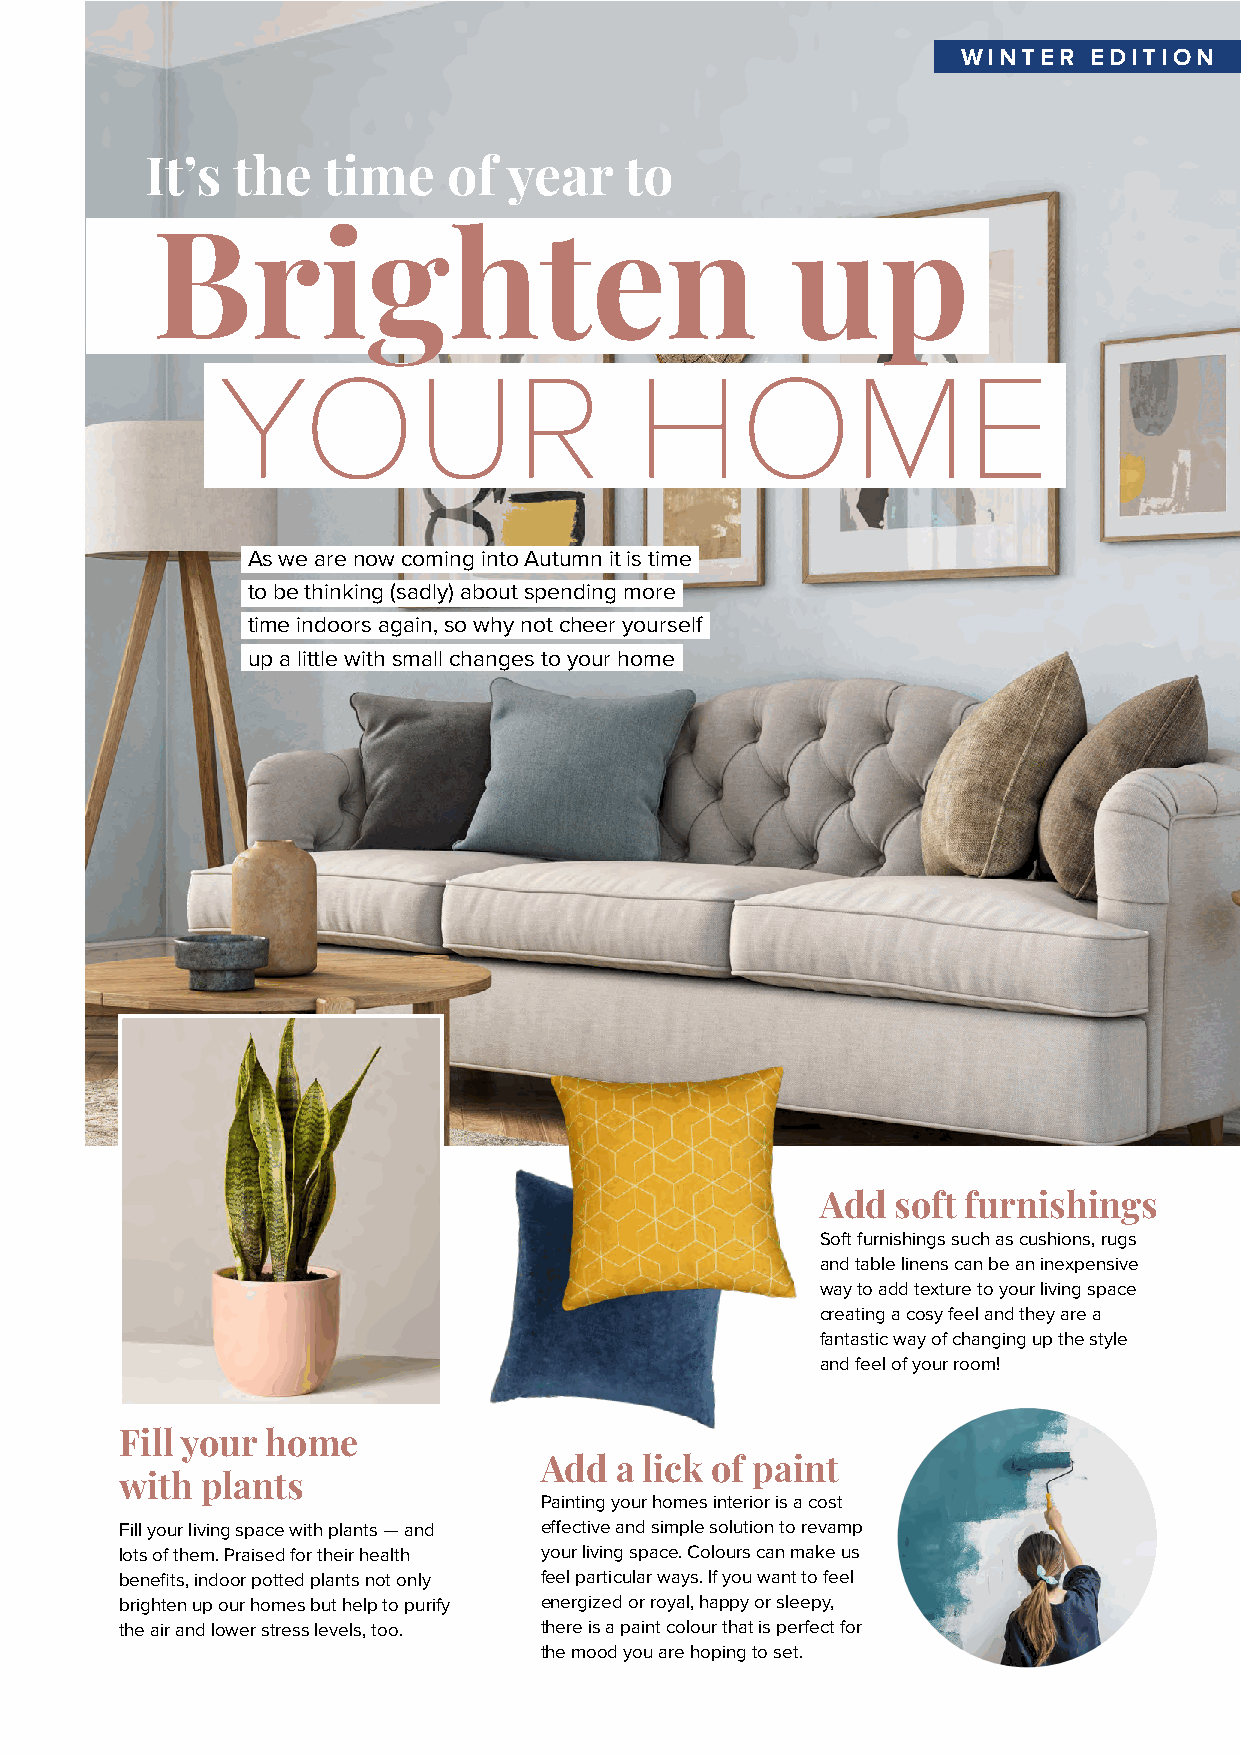
WINTER  EDITION
 It’s the   time     of  year   to
 Brighten                                  up
 YOUR                        HOME
 As we are now coming into Autumn it is time
 to be thinking (sadly) about spending more
 time indoors again, so why not cheer yourself
 up a little with small changes to your home
 Add  soft furnishings
 Soft furnishings such as cushions, rugs
 and table linens can be an inexpensive
 way to add texture to your living space
 creating a cosy feel and they are a
 fantastic way of changing up the style
 and feel of your room!
 Fill your home
 Add  a lick of paint
 with plants
 Painting your homes interior is a cost
 Fill your living space with plants — and effective and simple solution to revamp
 lots of them. Praised for their health your living space. Colours can make us
 benefits, indoor potted plants not only feel particular ways. If you want to feel
 brighten up our homes but help to purify energized or royal, happy or sleepy,
 the air and lower stress levels, too. there is a paint colour that is perfect for
 the mood you are hoping to set.